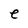
Character: e